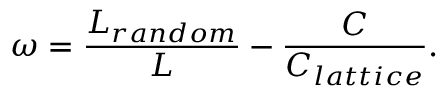
\omega = \frac { L _ { r a n d o m } } { L } - \frac { C } { C _ { l a t t i c e } } .